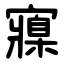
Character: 寱